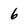
Character: 6